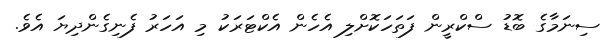
ސިނަމާގެ ބޮޑު ސްކްރީން ފަތަހަކޮށްލި އެހެން އެކްޓަރަކު މި އަހަރު ފެނިގެންދިޔަ އެވެ.